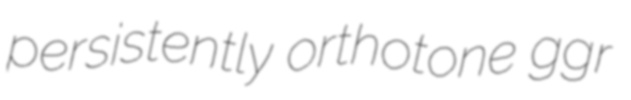
persistently orthotone ggr